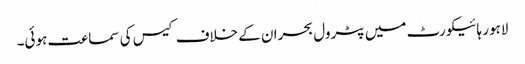
لاہور ہائیکورٹ میں پٹرول بحران کے خلاف کیس کی سماعت ہوئی۔